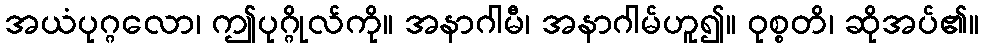
အယံပုဂ္ဂလော၊ ဤပုဂ္ဂိုလ်ကို။ အနာဂါမီ၊ အနာဂါမ်ဟူ၍။ ဝုစ္စတိ၊ ဆိုအပ်၏။